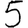
Digit: 5